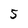
Character: 5